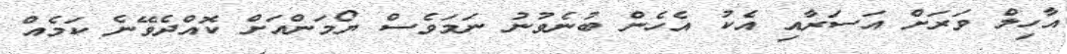
އާހިލް ވަރަށް އަސަރާއި އެކު އެހެން ބުނެވުނު ނަމަވެސް ޔޯމަންއަށް ކޮއްދެވޭނެ ކަމެއް